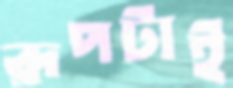
রূপটাই